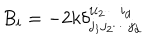
B _ { i } = - 2 k \delta _ { j _ { 1 } j _ { 2 } \cdots j _ { d } } ^ { i i _ { 2 } \cdots i _ { d } } \,